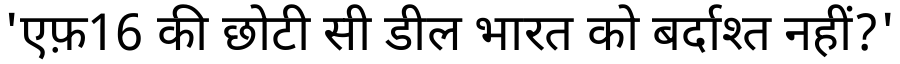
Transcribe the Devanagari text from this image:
'एफ़16 की छोटी सी डील भारत को बर्दाश्त नहीं?'